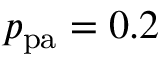
p _ { \mathrm { p a } } = 0 . 2